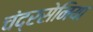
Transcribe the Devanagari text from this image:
चंद्रसेनिया